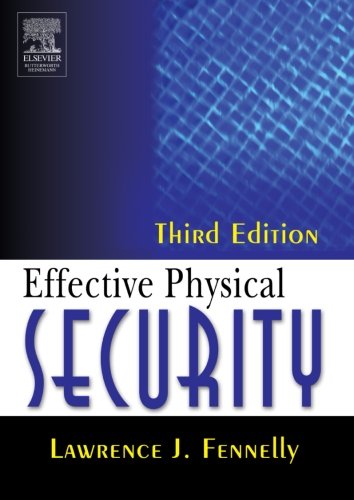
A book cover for Effective Physical Security, Third Edition; Lawrence Fennelly; Business & Money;